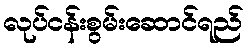
လုပ်ငန်းစွမ်းဆောင်ရည်